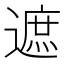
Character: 遮